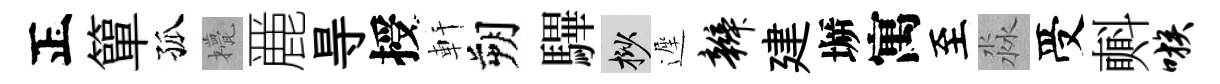
正簞孤甍䴡㝵授軒朔驆挲遲辫建󶱲寓至淼受㪺嗾